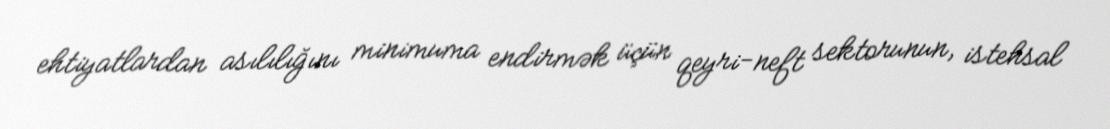
ehtiyatlardan asılılığını minimuma endirmək üçün qeyri-neft sektorunun, istehsal